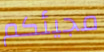
مجيئكم